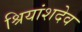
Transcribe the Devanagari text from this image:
श्रियांशदेव